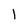
Character: l